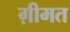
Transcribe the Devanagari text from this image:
ग़ीमत